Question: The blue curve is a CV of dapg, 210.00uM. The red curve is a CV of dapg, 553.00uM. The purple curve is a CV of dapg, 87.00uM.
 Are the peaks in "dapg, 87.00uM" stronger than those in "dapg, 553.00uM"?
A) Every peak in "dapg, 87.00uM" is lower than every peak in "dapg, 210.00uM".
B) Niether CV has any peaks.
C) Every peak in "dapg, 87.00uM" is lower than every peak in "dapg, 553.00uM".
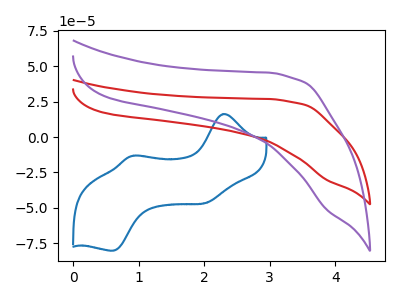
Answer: <think>The blue curve "dapg, 210.00uM" has anodic peaks at (2.30V, 16.25uA) (0.95V, -13.10uA) and cathodic peaks at (2.05V, -46.05uA) (0.60V, -80.20uA). The red curve "dapg, 553.00uM" has no peaks. The purple curve "dapg, 87.00uM" has no peaks.</think>
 <answer>B) Niether CV has any peaks.</answer>
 <eval>B</eval>